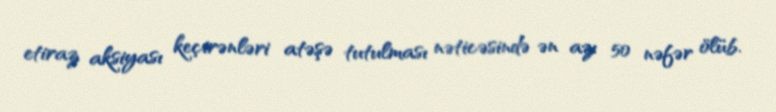
etiraz aksiyası keçirənləri atəşə tutulması nəticəsində ən azı 50 nəfər ölüb.